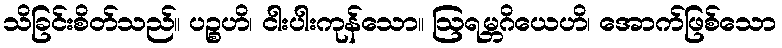
သိခြင်းစိတ်သည်။ ပဉ္စဟိ၊ ငါးပါးကုန်သော။ ဩရမ္ဘဂိယေဟိ၊ အောက်ဖြစ်သော